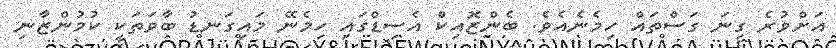
އަށްވުރެ ގިނަ ގަސްތައް ހިމެނެއެވެ. ބެންޒޮއިކް އެސިޑްގައި ހިމެނޭ މައިގަނޑު ބާވަތަކީ ކުމުންޒާނި